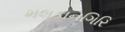
મલકાનગિરિ